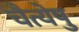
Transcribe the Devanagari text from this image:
चैत्येषु